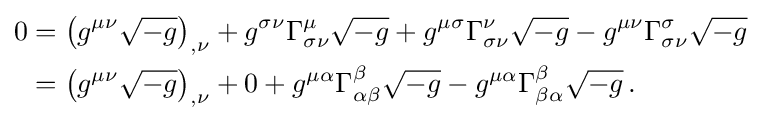
{\begin{aligned}0&=\left(g^{\mu \nu }{\sqrt {-g}}\right)_{,\nu }+g^{\sigma \nu }\Gamma _{\sigma \nu }^{\mu }{\sqrt {-g}}+g^{\mu \sigma }\Gamma _{\sigma \nu }^{\nu }{\sqrt {-g}}-g^{\mu \nu }\Gamma _{\sigma \nu }^{\sigma }{\sqrt {-g}}\,\\&=\left(g^{\mu \nu }{\sqrt {-g}}\right)_{,\nu }+0+g^{\mu \alpha }\Gamma _{\alpha \beta }^{\beta }{\sqrt {-g}}-g^{\mu \alpha }\Gamma _{\beta \alpha }^{\beta }{\sqrt {-g}}\,.\end{aligned}}